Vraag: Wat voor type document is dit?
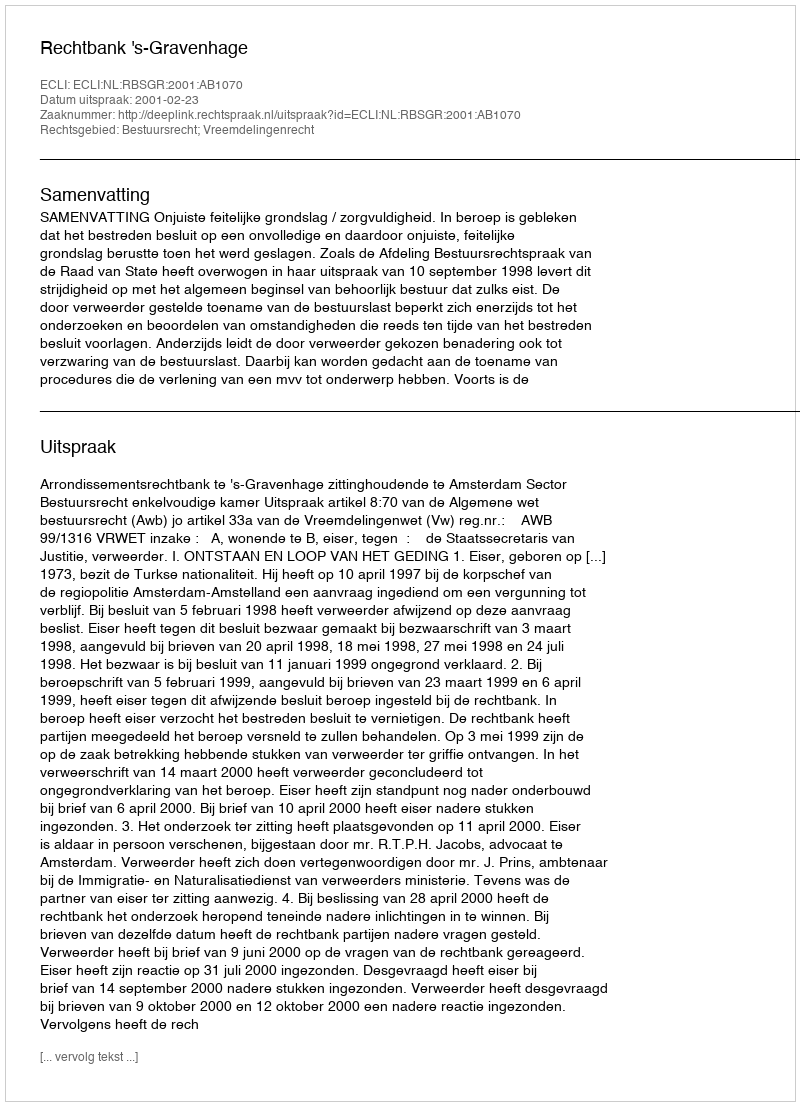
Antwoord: Uitspraak